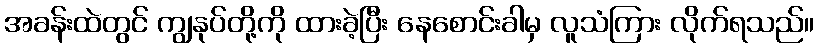
အခန်းထဲတွင် ကျွနုပ်တို့ကို ထားခဲ့ပြီး နေစောင်းခါမှ လူသံကြား လိုက်ရသည်။